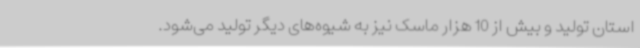
استان تولید و بیش از 10 هزار ماسک نیز به شیوه‌های دیگر تولید می‌شود.